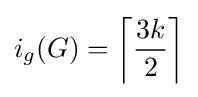
i_{g}(G)=\left\lceil {\frac {3k}{2}}\right\rceil